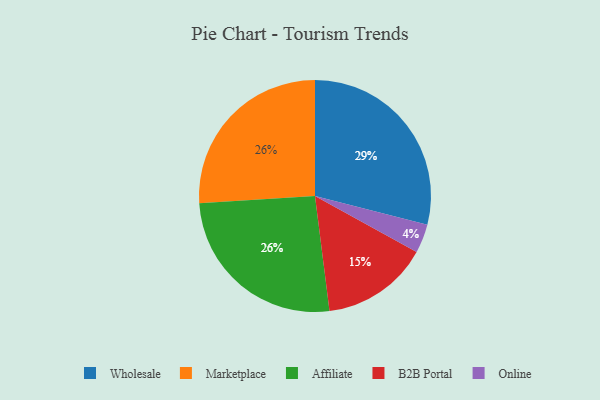
{"axis": {"x": "Category", "y": "Percentage"}, "legend": ["Affiliate", "B2B Portal", "Marketplace", "Online", "Wholesale"], "data": [{"x": "Marketplace", "y": 26, "type": "Marketplace"}, {"x": "Affiliate", "y": 26, "type": "Affiliate"}, {"x": "Wholesale", "y": 29, "type": "Wholesale"}, {"x": "Online", "y": 4, "type": "Online"}, {"x": "B2B Portal", "y": 15, "type": "B2B Portal"}]}